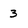
Character: 3